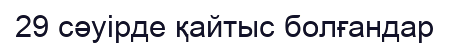
29 сәуірде қайтыс болғандар